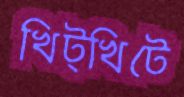
খিট্‌খিটে